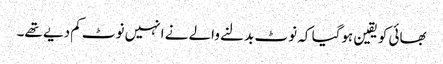
بھائی کو یقین ہوگیا کہ نوٹ بدلنے والے نے انہیں نوٹ کم دیے تھے۔